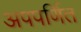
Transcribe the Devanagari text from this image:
अपपर्णित